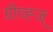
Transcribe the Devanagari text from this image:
ग्रीव्ह्ज्